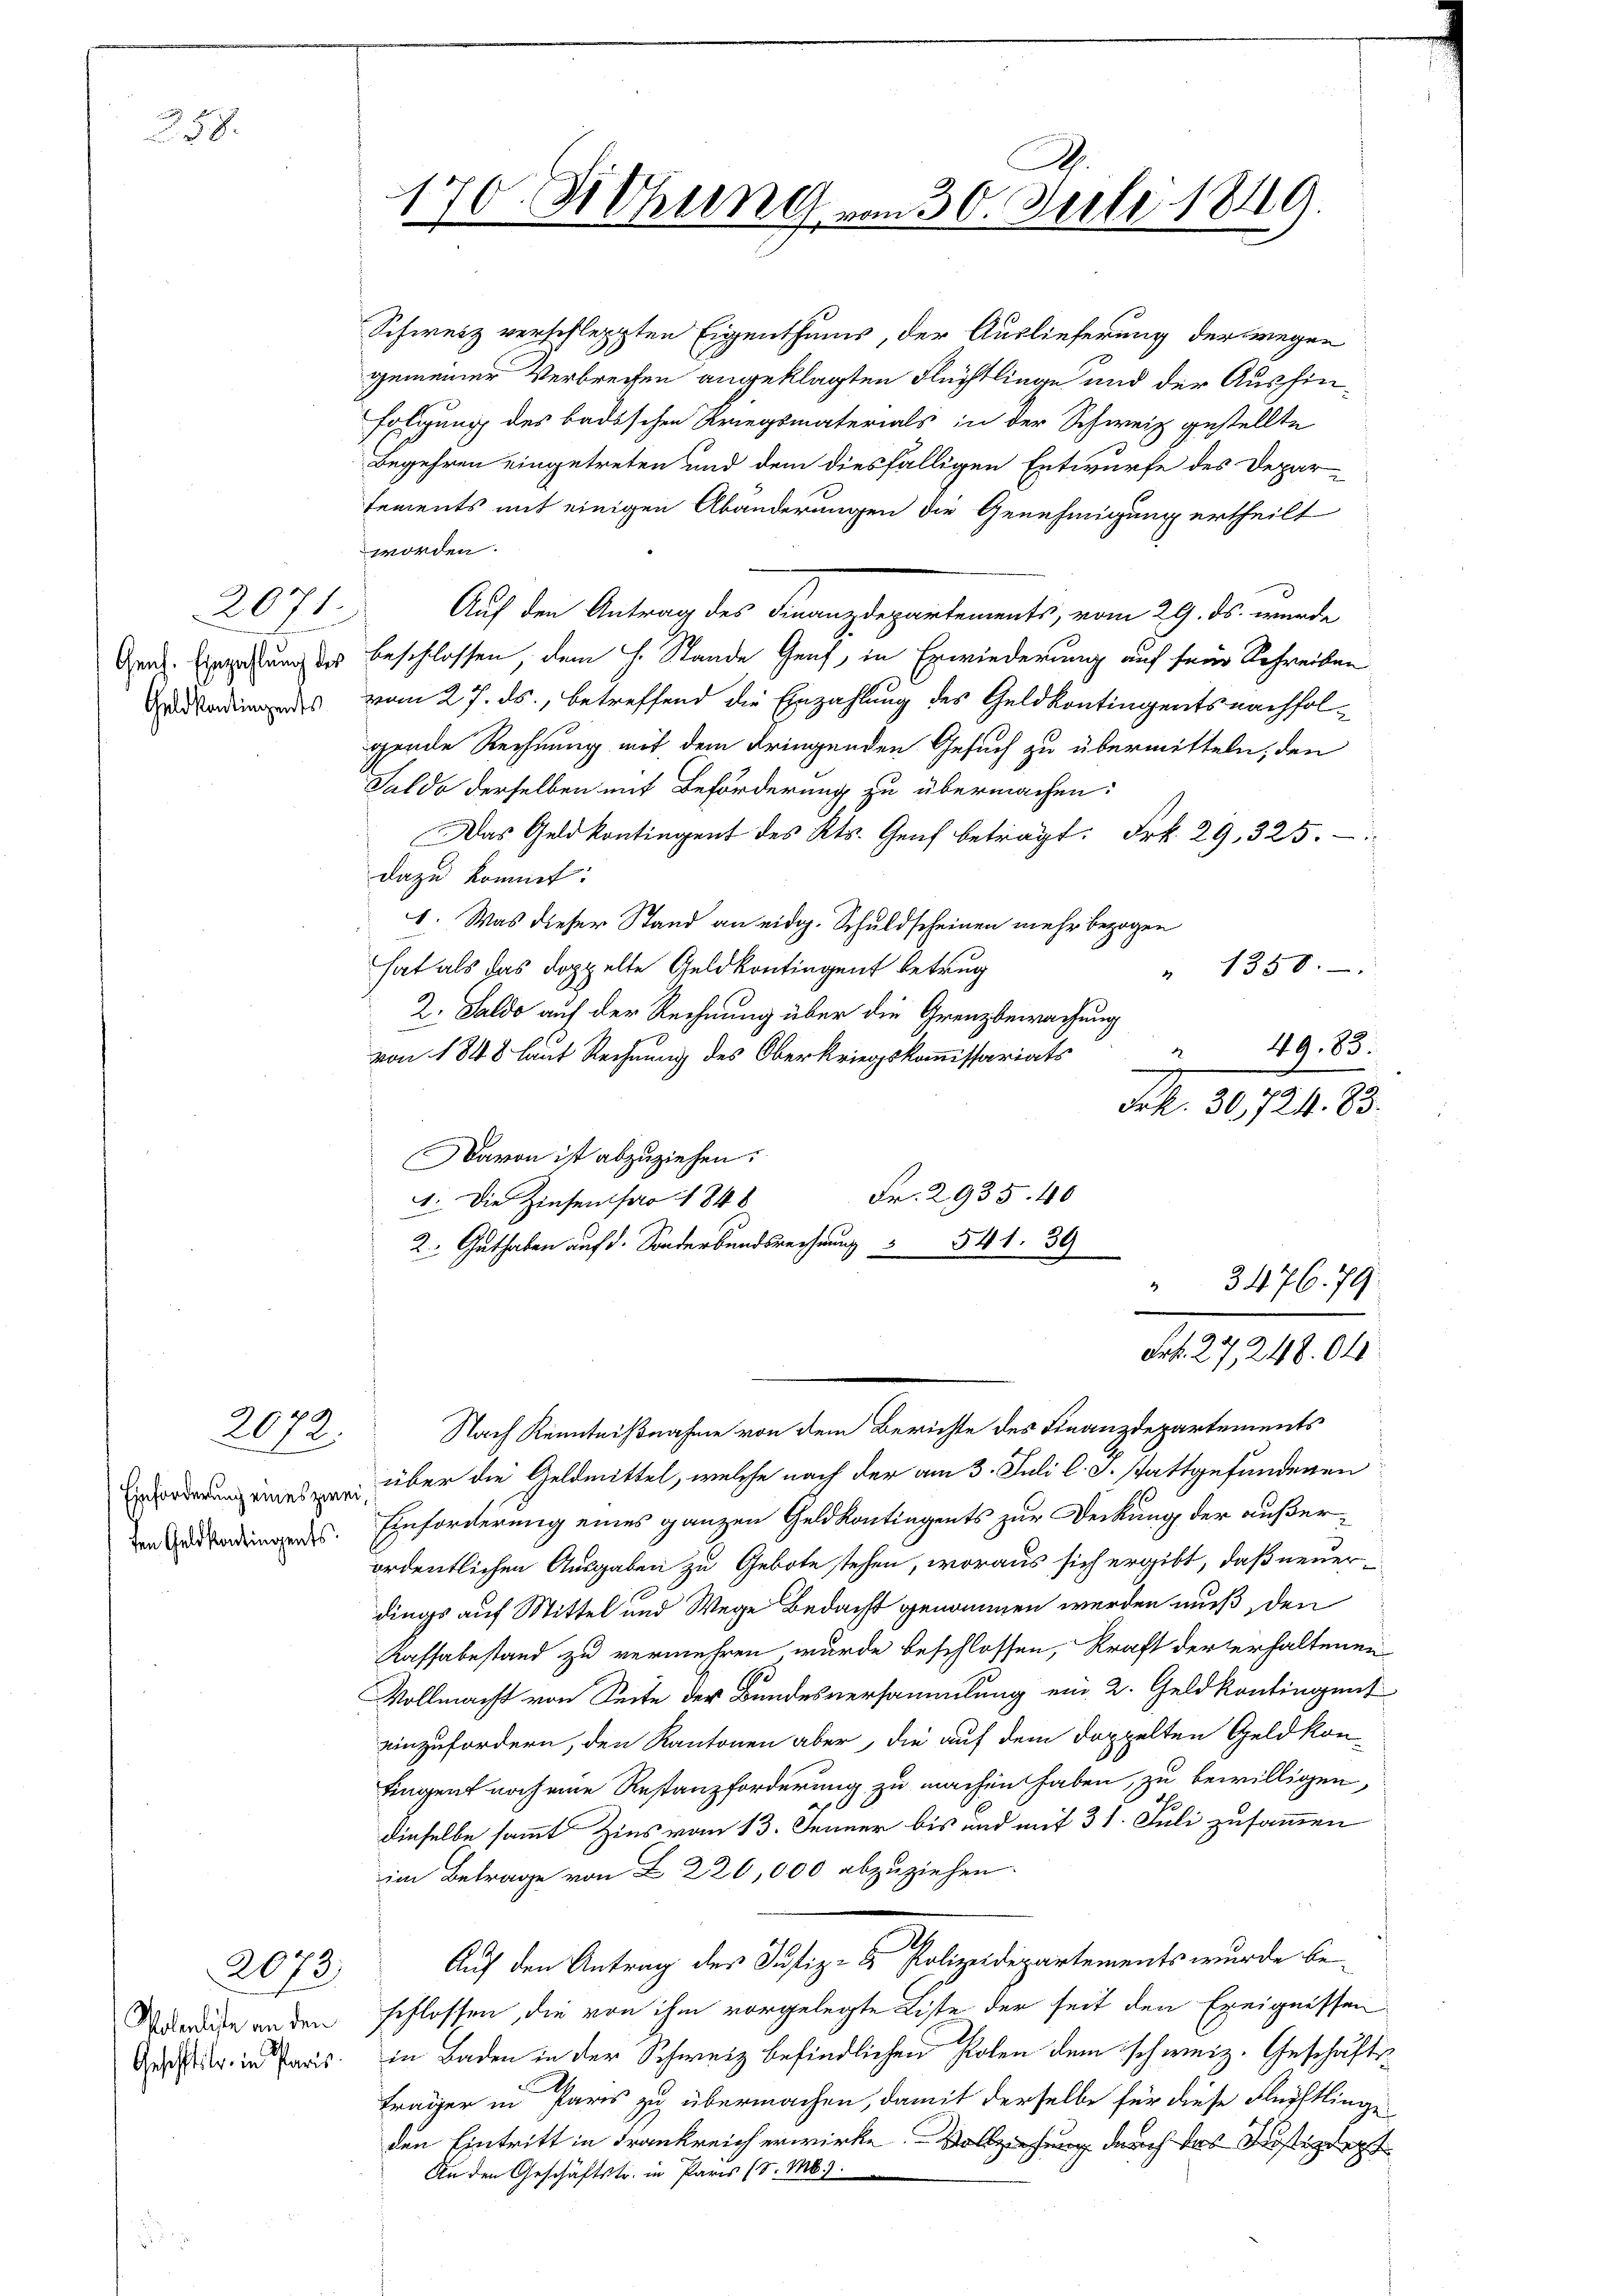
258.

2071
Geld kontingents

2072.

sen Geldkontingents

Wolenliste an den
Geschlitz in Paris.

2073

worden.

Schweiz verschleppten Eigenthums, der Auslieferung der wegen
gemeiner Verbrechen angeklagten Flüchtlinge und der Ausfinfolgung des badischen Kriegsmaterials in der Schweiz gestellte
Begehren eingetreten und dem diesfälligen Entwurfe des Departements mit einigen Abänderungen die Genehmigung ertheilt
Auf den Antrag des Finanzdepartements, vom 29. ds. wurde
Gen. Einzahlung der Beschlossen, dem H. Stande Genf, in Erwiederung auf sein Schreiben
vom 27. ds., betreffend die Einzahlung des Geldkontingents nachfolgende Rechnung mit dem dringenden Gesuch zu übermitteln, den
Saldo derselben mit Beförderung zu übermachen:
Das Geld kontingent des Kts. Genf beträgt. Frk. 29, 325.
dazu kommt:
1. Was dieser Stand an eidg. Schuldscheinen mehr bezogen
hat als das doppelte Geldkontingent betrug
1358.
d
2. Saldo auf der Rechnung über die Grenzbewachung
49. 83.
von 1848 laut Rechnung des Oberkriegskommissariats
m
Frk. 30,724. 83.
Davon ist abzuziehen.
Fr. 2935. 40
1. Die Zinsen pro 1848
2 haben auf S. 541. 39
3476. 79.

170. Siehung vom 30. Seele. 1849.

Frk. 27, 248. 04

Nach Kenntnißnahme von dem Berichte des Finanzdepartements
 eines über die Geldmittel, welche nach der am 3. Juli l. J. stattgefundenen
Einforderung eines ganzen Geld kontingents zur Deckung der außerordentlichen Ausgaben zu Gebote stehen, woraus sich ergibt, daß neuerdings auf Mittel und Wege Bedacht genommen werden muß, den
Kaffabestand zu vermehren wurde beschlossen, kraft der erhaltenen
Vollmacht von Seite der Bundesversammlung ein 2. Geld kontingent
einzufordern, den Kantonen aber, die auf dem doppelten Geld konfingen noch eine Restanzforderung zu machen haben, zu bewilligen,
dieselbe sammt Zins vom 13. Jenner bis und mit 31. Juli zusammen
im Betrage von Z. 220,000 abzuziehen.
Auf den Antrag des Justiz- & Polizeidepartements wurde beschlossen, die von ihm vorgelegte Liste der seit den Ereignissen
in Baden in der Schweiz befindlichen Polen dem schweiz. Geschäftsträger in Paris zu übermachen, damit derselbe für diese Flüchtlinge
den Eintritt in Frankreich erwirke. Vollziehung durch des Justizdept
An den Geschäftstr. in Paris (d. M.).